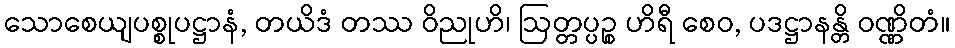
သောစေယျပစ္စုပဋ္ဌာနံ, တယိဒံ တဿ ဝိညုဟိ၊ ဩတ္တပ္ပဉ္စ ဟိရီ စေဝ, ပဒဋ္ဌာနန္တိ ဝဏ္ဏိတံ။